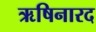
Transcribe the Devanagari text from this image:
ऋषिनारद